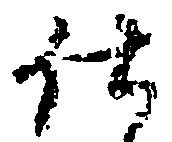
仕